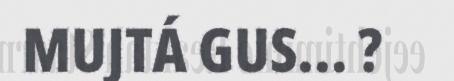
MUJTÁ GUS... ?